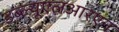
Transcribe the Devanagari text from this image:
डब्ल्यूएलआरएन